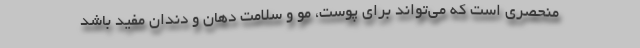
منحصری است که می‌تواند برای پوست، مو و سلامت دهان و دندان مفید باشد